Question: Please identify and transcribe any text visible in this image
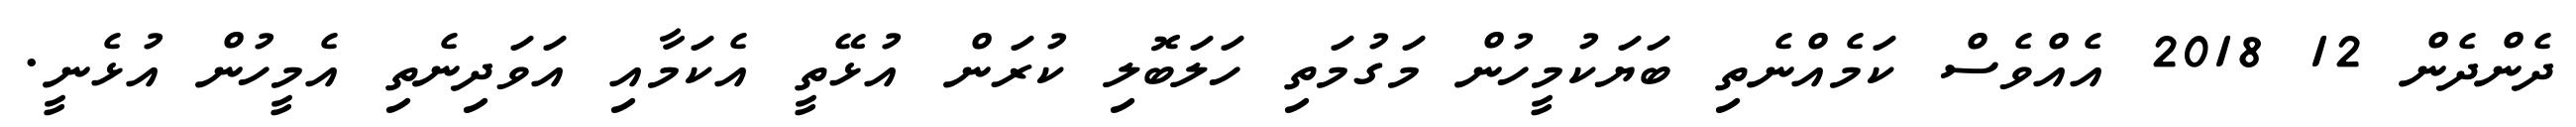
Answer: ދެންދެން 12 2018 އެއްވެސް ކަމެއްނެތި ބަޔަކުމީހުން މަގުމަތި ހަލަބޮލި ކުރަން އުޅޭތީ އެކަމާއި އަވަދިނެތި އެމީހުން އުޅެނީ.